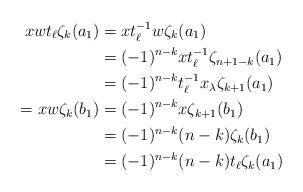
LaTeX: \begin{align*}x w t_\ell \zeta_k(a_1) & = x t_\ell^{-1} w \zeta_k(a_1)\\& = (-1)^{n-k} x t_\ell^{-1} \zeta_{n+1-k}(a_1)\\& = (-1)^{n-k} t_\ell^{-1} x_\lambda \zeta_{k+1}(a_1)\\= x w \zeta_k(b_1) & = (-1)^{n-k} x \zeta_{k+1}(b_1)\\& = (-1)^{n-k} (n-k) \zeta_k(b_1)\\& = (-1)^{n-k} (n-k) t_\ell \zeta_k(a_1)\end{align*}